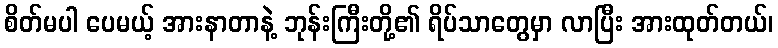
စိတ်မပါ ပေမယ့် အားနာတာနဲ့ ဘုန်းကြီးတို့၏ ရိပ်သာတွေမှာ လာပြီး အားထုတ်တယ်၊